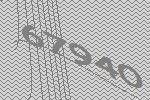
67940